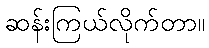
ဆန်းကြယ်လိုက်တာ။